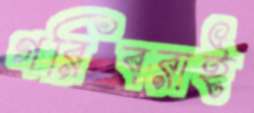
গরিবরাই